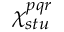
\chi _ { s t u } ^ { p q r }